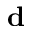
\mathbf { d }